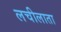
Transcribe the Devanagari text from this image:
लचीलाता